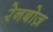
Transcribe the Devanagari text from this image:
रेनबोज़